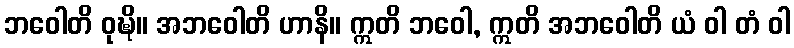
ဘဝေါတိ ဝုဍ္ဎိ။ အဘဝေါတိ ဟာနိ။ ဣတိ ဘဝေါ, ဣတိ အဘဝေါတိ ယံ ဝါ တံ ဝါ